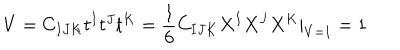
V = C _ { I J K } t ^ { I } t ^ { J } t ^ { K } = \frac { 1 } { 6 } C _ { I J K } X ^ { I } X ^ { J } X ^ { K } | _ { V = 1 } = 1